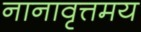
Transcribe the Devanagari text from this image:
नानावृत्तमय